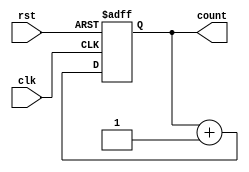
module fbitsyncup(clk,rst,count);
input clk,rst;
output reg[3:0]count;
always @(posedge clk or posedge rst ) begin
    if(rst)
    count<=4'b0000;
    else
    count<=count+1'b1;
end
endmodule